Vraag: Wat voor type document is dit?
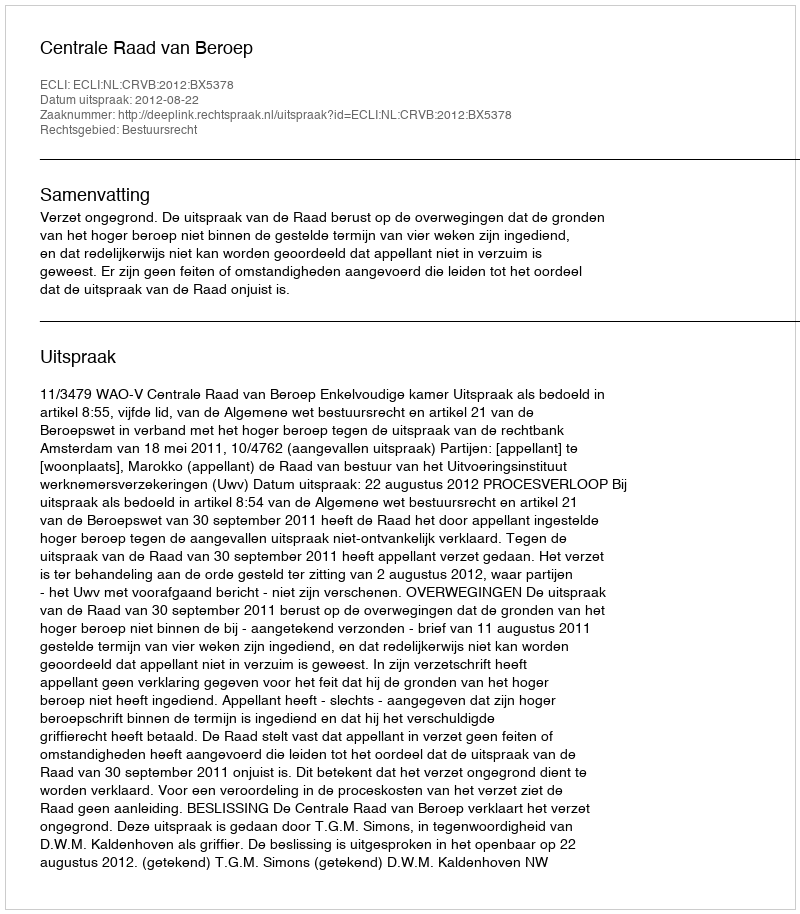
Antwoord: Uitspraak